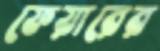
ফেয়ারের